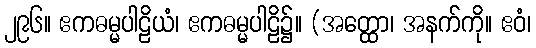
၂၉၆။ ဧကဓမ္မပါဠိယံ၊ ဧကဓမ္မပါဠိ၌။ (အတ္ထော၊ အနက်ကို။ ဧဝံ၊